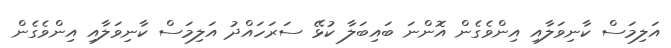
އަލިމަސް ކާނިވަލާއި އިންވެގެން އޮންނަ ބައިބަލާ ކުޅޭ ސަރަހައްދު އަލިމަސް ކާނިވަލާއި އިންވެގެން